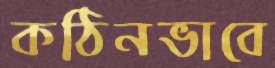
কঠিনভাবে